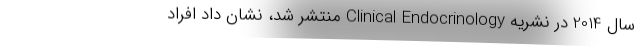
سال 2014 در نشریه Clinical Endocrinology منتشر شد، نشان داد افراد